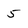
Character: 5